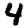
Digit: 4